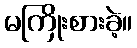
မကြိုးစားခဲ့။